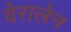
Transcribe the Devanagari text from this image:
वेरालेन